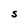
Character: S